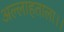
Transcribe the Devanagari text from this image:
अल्लाहताला।।